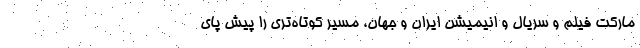
مارکت فیلم و سریال و انیمیشن ایران و جهان، مسیر کوتاه‌تری را پیش پای